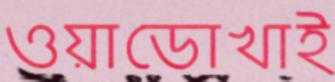
ওয়াডোখাই